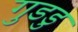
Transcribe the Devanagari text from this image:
गुडडु